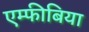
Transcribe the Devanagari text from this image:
एम्फीबिया